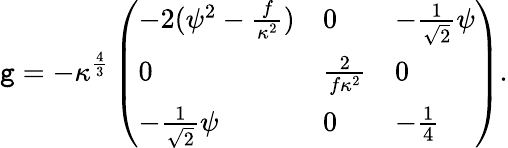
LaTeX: \mathtt{g}=-\kappa^{\frac{{4}}{{3}}}\left(\begin{array}{lll}{{-2(\psi^{2}-{\frac{f}{\kappa^{2}}})}}&{{0}}&{{-{\frac{1}{\sqrt{2}}}\psi}}\\ {{0}}&{{{\frac{2}{f\kappa^{2}}}}}&{{0}}\\ {{-{\frac{1}{\sqrt{2}}}\psi}}&{{0}}&{{-{\frac{1}{4}}}}\end{array}\right).